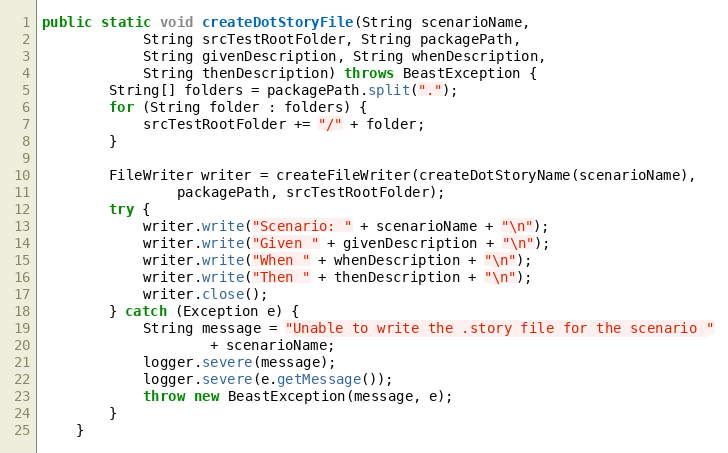
Language: Java
public static void createDotStoryFile(String scenarioName,
            String srcTestRootFolder, String packagePath,
            String givenDescription, String whenDescription,
            String thenDescription) throws BeastException {
        String[] folders = packagePath.split(".");
        for (String folder : folders) {
            srcTestRootFolder += "/" + folder;
        }

        FileWriter writer = createFileWriter(createDotStoryName(scenarioName),
                packagePath, srcTestRootFolder);
        try {
            writer.write("Scenario: " + scenarioName + "\n");
            writer.write("Given " + givenDescription + "\n");
            writer.write("When " + whenDescription + "\n");
            writer.write("Then " + thenDescription + "\n");
            writer.close();
        } catch (Exception e) {
            String message = "Unable to write the .story file for the scenario "
                    + scenarioName;
            logger.severe(message);
            logger.severe(e.getMessage());
            throw new BeastException(message, e);
        }
    }